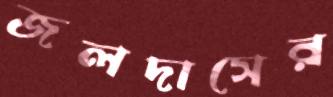
জলদাসের